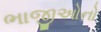
ભાજીઓનો